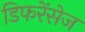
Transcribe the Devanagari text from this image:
डिफरेंसेज